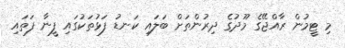
މި ޓީމުން ރާއްޖޭގެ މޫދުގެ ދިރުންތަށް ބަލައި ކަނޑު ފަޅުތަކުގައި ފީނާ ފަތައި